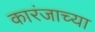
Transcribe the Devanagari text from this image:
कारंजाच्या